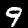
Label: 9